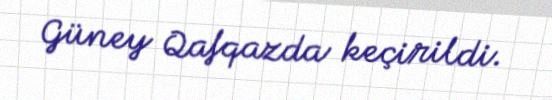
Güney Qafqazda keçirildi.